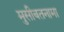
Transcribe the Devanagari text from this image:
मुसीबतनामा